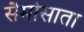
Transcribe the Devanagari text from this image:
सैमोसाता